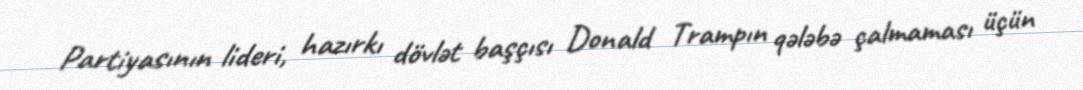
Partiyasının lideri, hazırkı dövlət başçısı Donald Trampın qələbə çalmaması üçün